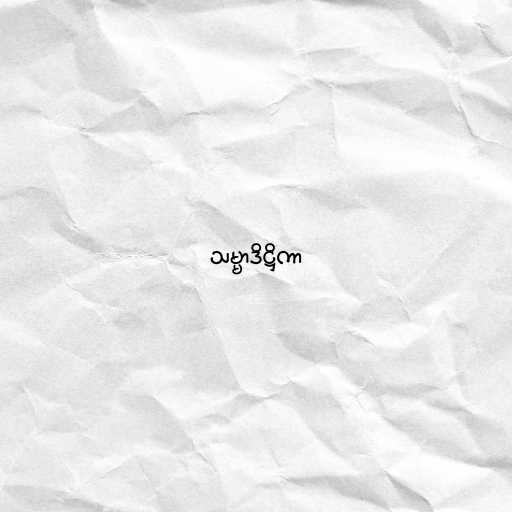
သမ္မာဒိဋ္ဌိကာ